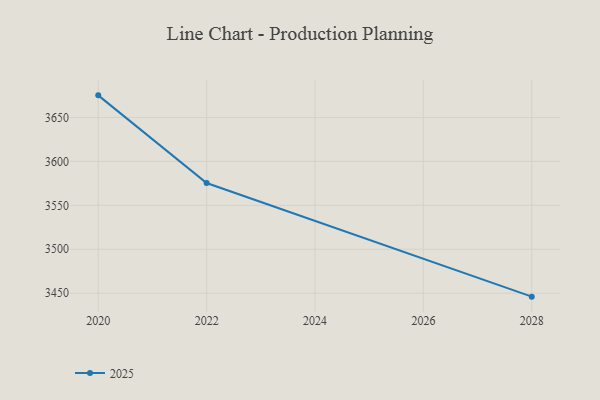
{"axis": {"x": "Year", "y": "Headcount"}, "legend": ["2025"], "data": [{"x": "2028", "y": 3446.1, "type": "2025"}, {"x": "2022", "y": 3575.4, "type": "2025"}, {"x": "2020", "y": 3675.2, "type": "2025"}]}